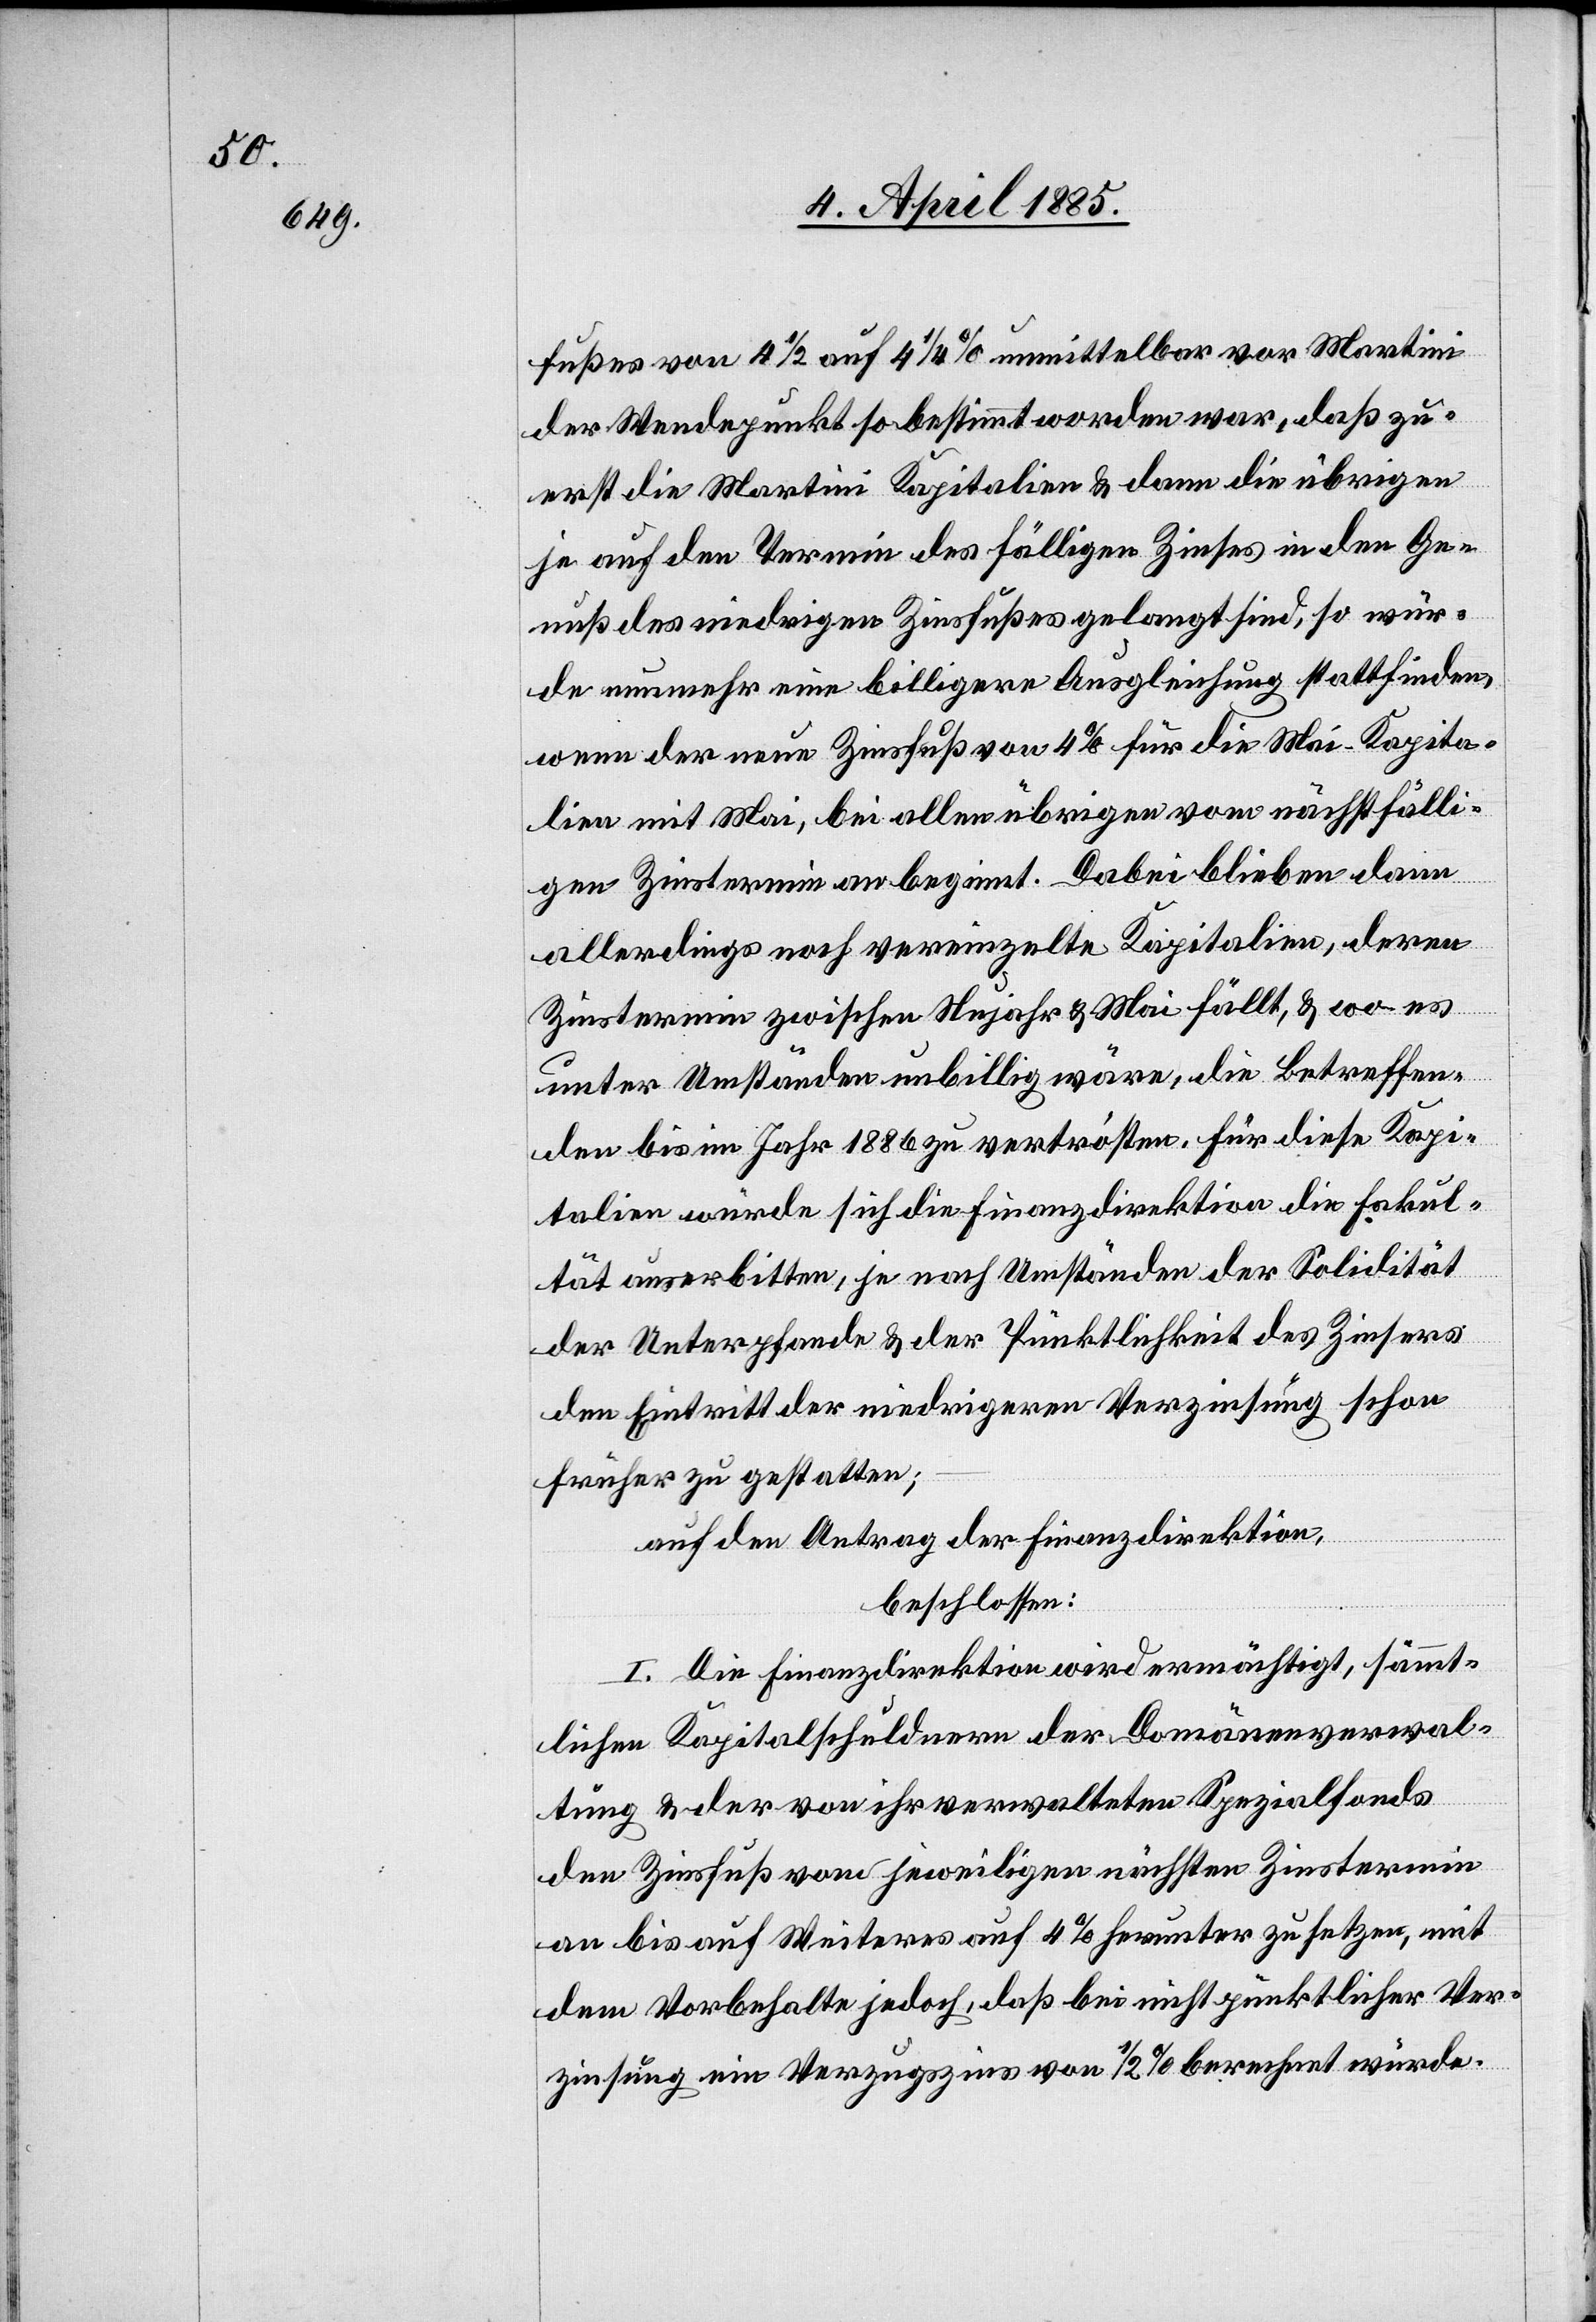
fußes von 4 1/2% auf 4 1/4% unmittelbar vor Martini
der Wendepunkt so bestimmt worden war, daß zu¬
erst die Martini Kapitalien & dann die übrigen
je auf den Termin des fälligen Zinses in den Ge¬
nuß des niedrigen Zinsfußes gelangt sind, so wür¬
de nunmehr eine billigere Ausgleichung stattfinden,
wenn der neue Zinsfuß von 4% für die Mai-Kapita¬
lien mit Mai, bei allen übrigen vom nächstfälli¬
gen Zinstermin an beginnt. Dabei blieben dann
allerdings noch vereinzelte Kapitalien deren
Zinstermin zwischen Neujahr & Mai fällt, & wo es
unter Umständen unbillig wäre, die Betreffen¬
den bis im Jahr 1886 zu vertrösten. Für diese Kapi¬
talien würde sich die Finanzdirektion die Fakul¬
tät auserbitten, je nach Umständen der Solidität
der Unterpfande & der Pünktlichkeit des Zinsers
den Eintritt der niedrigeren Verzinsung schon
früher zu gestatten;
auf den Antrag der Finanzdirektion,
beschlossen:
I. Die Finanzdirektion wird ermächtigt, sämmt¬
lichen Kapitalschuldnern der Domänenverwal¬
tung & der von ihr verwalteten Spezialfonds
den Zinsfuß vom jeweiligen nächsten Zinstermin
an bis auf Weiteres auf 4% herunter zu setzen, mit
dem Vorbehalte jedoch, daß bei nicht pünktlicher Ver¬
zinsung ein Verzugszins von 1/2% berechnet würde.